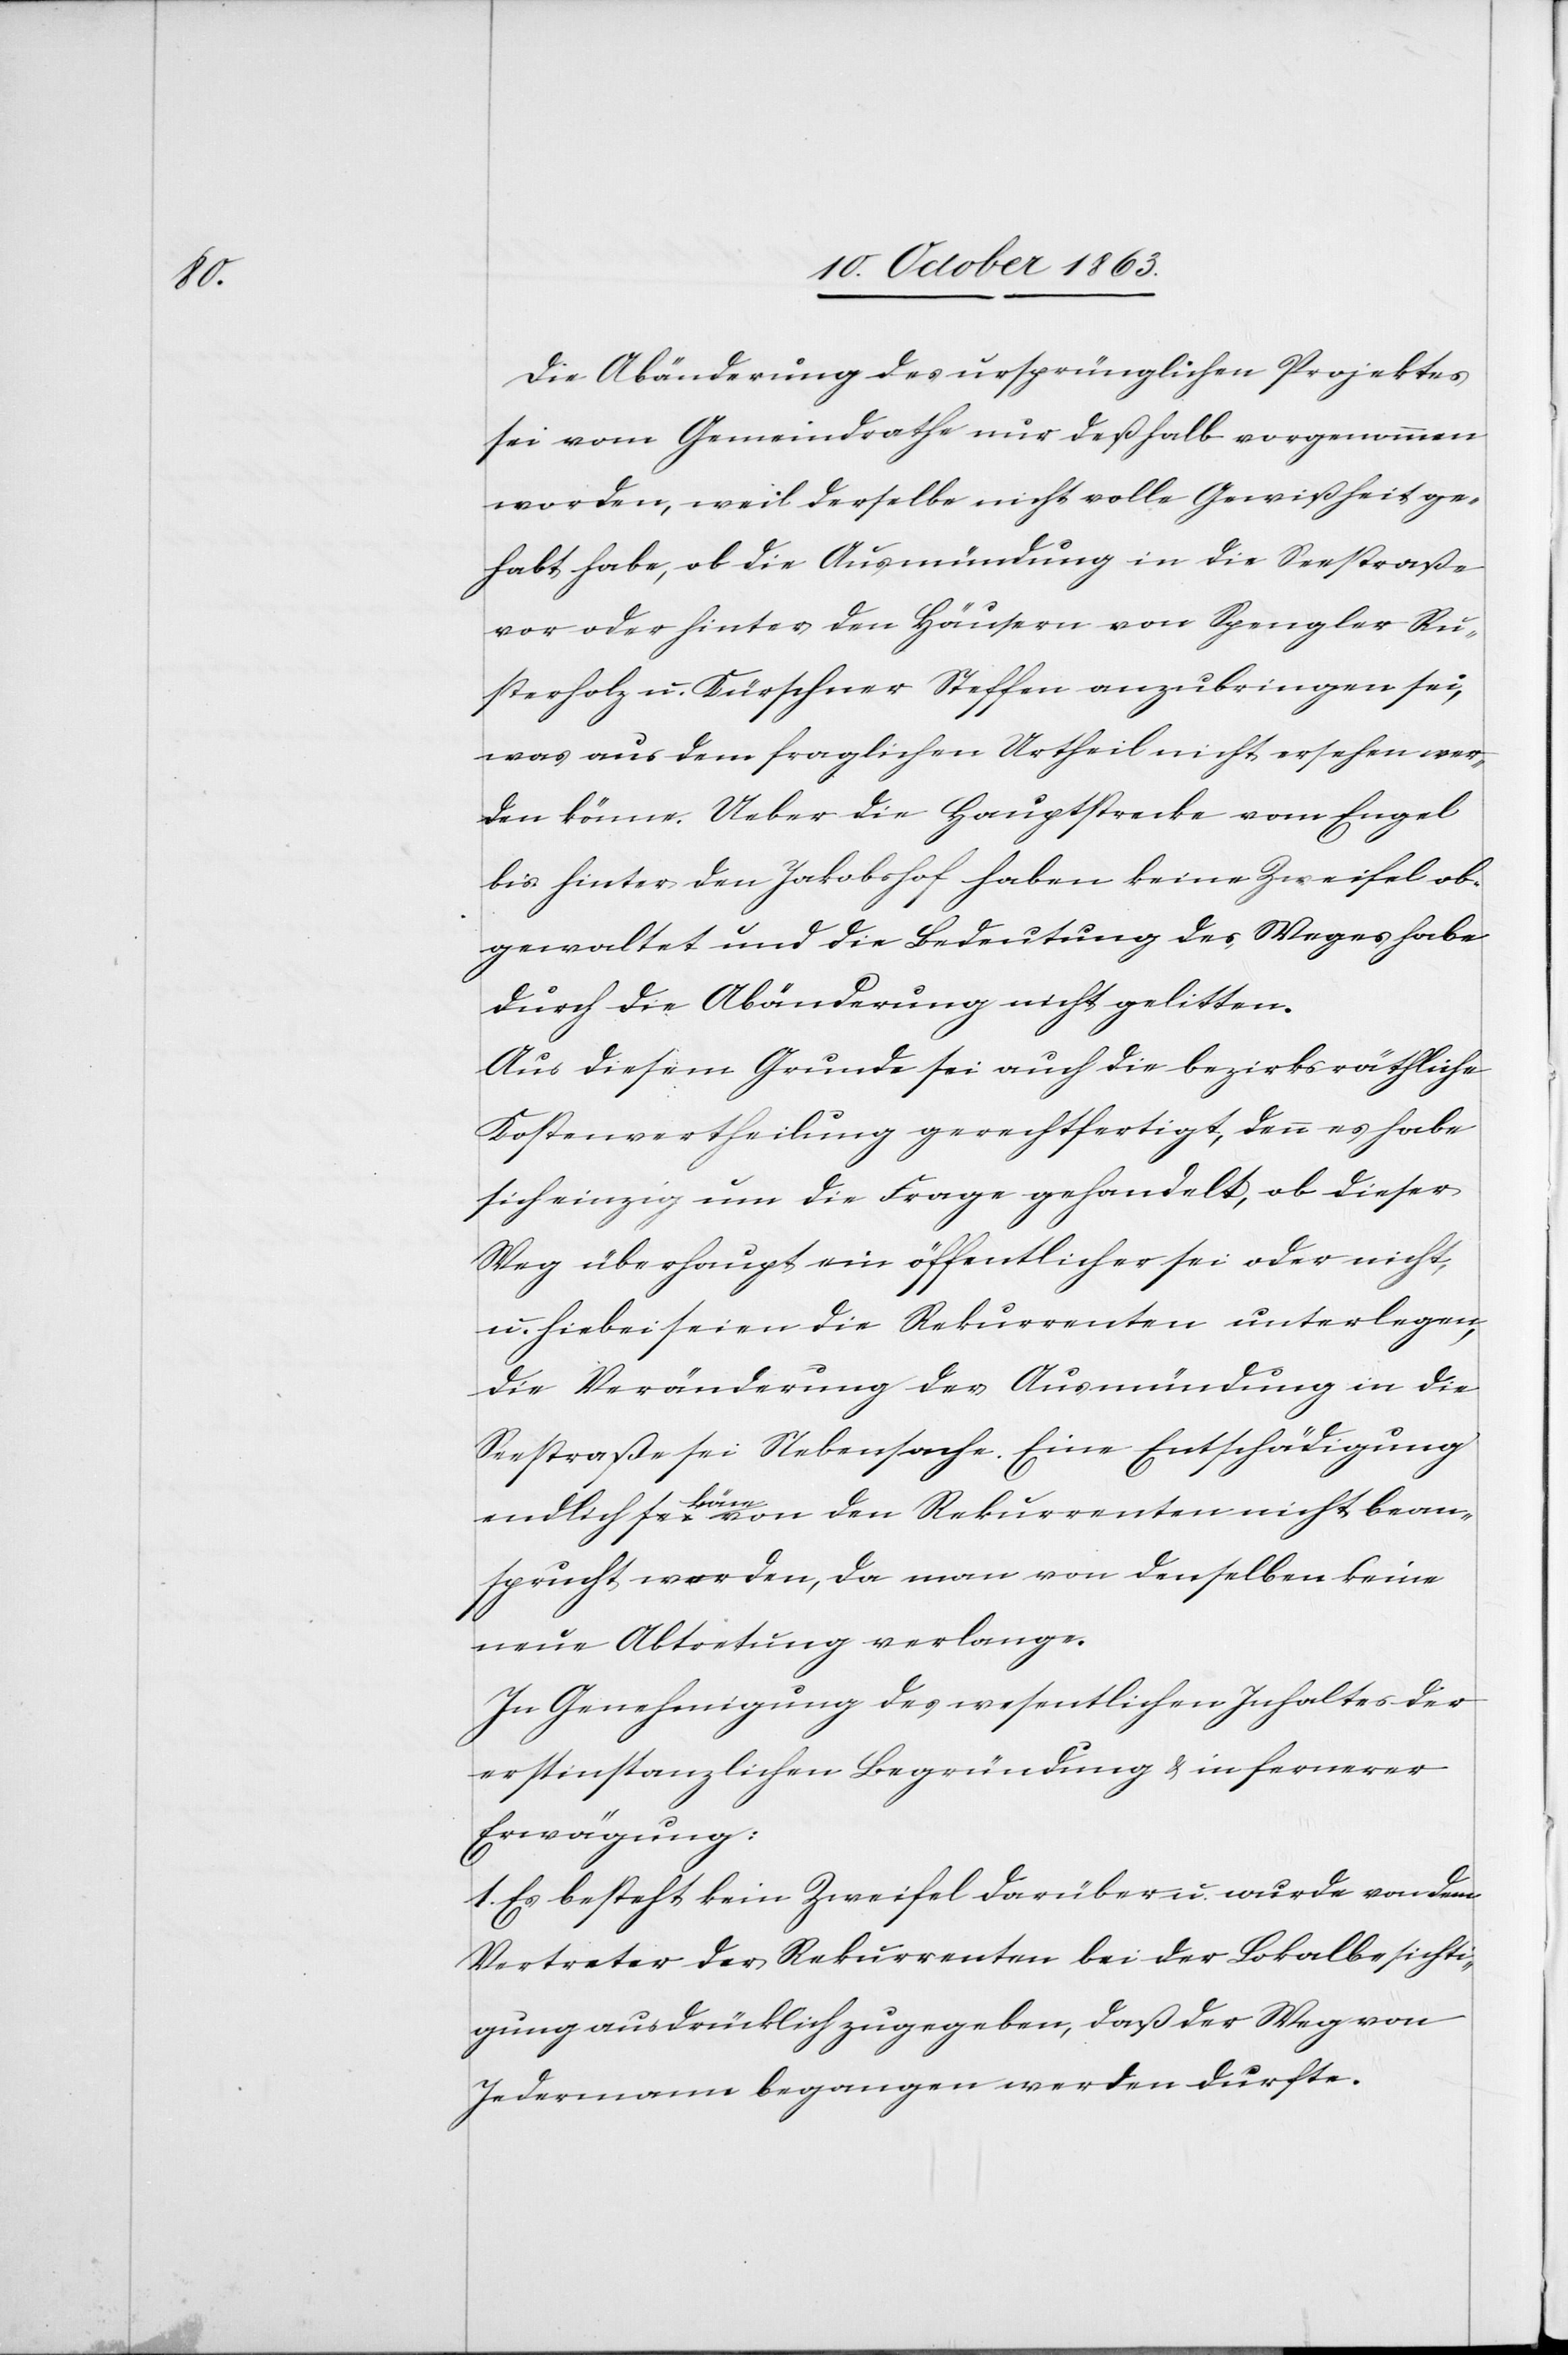
Die Abänderung des ursprünglichen Projektes
sei vom Gemeindrathe nur deßhalb vorgenommen
worden, weil derselbe nicht volle Gewißheit ge¬
habt habe, ob die Ausmündung in die Seestraße
vor oder hinter den Häusern von Spengler Ru¬
sterholz u. Kürschner Steffen anzubringen sei,
was aus dem fraglichen Urtheil nicht ersehen wer¬
den könne. Ueber die Hauptstrecke vom Engel
bis hinter den Jakobshof haben keine Zweifel ob¬
gewaltet und die Bedeutung des Weges habe
durch die Abänderung nicht gelitten.
Aus diesem Grunde sei auch die bezirksräthliche
Kostenvertheilung gerechtfertigt, denn es habe
sich einzig um die Frage gehandelt, ob dieser
Weg überhaupt ein öffentlicher sei oder nicht,
u. hiebei seien die Rekurrenten unterlegen,
die Veränderung der Ausmündung in die
Seestraße sei Nebensache. Eine Entschädigung
von den Rekurrenten nicht bean¬
sprucht werden, da man von denselben keine
neue Abtretung verlange.
In Genehmigung des wesentlichen Inhaltes der
erstinstanzlichen Begründung & in fernerer
Erwägung:
1. Es besteht kein Zweifel darüber u. wurde von dem
Vertreter der Rekurrenten bei der Lokalbesichti¬
gung ausdrücklich zugegeben, daß der Weg von
Jedermann begangen werden durfte.